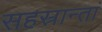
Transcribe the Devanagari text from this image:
सहस्रान्तां